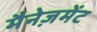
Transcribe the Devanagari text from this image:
मैनेज़मेंट